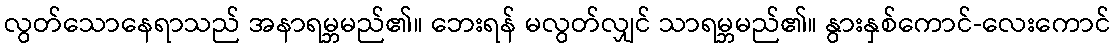
လွတ်သောနေရာသည် အနာရမ္ဘမည်၏။ ဘေးရန် မလွတ်လျှင် သာရမ္ဘမည်၏။ နွားနှစ်ကောင်-လေးကောင်